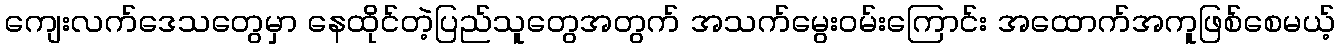
ကျေးလက်ဒေသတွေမှာ နေထိုင်တဲ့ပြည်သူတွေအတွက် အသက်မွေးဝမ်းကြောင်း အထောက်အကူဖြစ်စေမယ့်